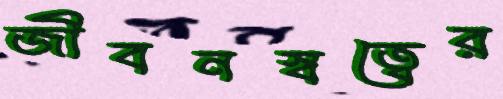
জীবনস্বত্বের